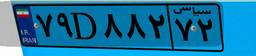
۷۹D۸۸۲۷۲